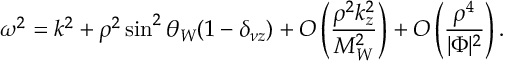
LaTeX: \omega ^ { 2 } = k ^ { 2 } + \rho ^ { 2 } \sin ^ { 2 } \theta _ { W } ( 1 - \delta _ { \nu z } ) + { \cal O } \left( \frac { \rho ^ { 2 } k _ { z } ^ { 2 } } { M _ { W } ^ { 2 } } \right) + { \cal O } \left( \frac { \rho ^ { 4 } } { | \Phi | ^ { 2 } } \right) .